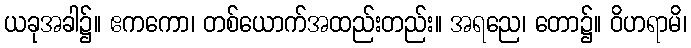
ယခုအခါ၌။ ဧကကော၊ တစ်ယောက်အထည်းတည်း။ အရညေ၊ တော၌။ ဝိဟရာမိ၊